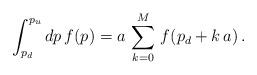
LaTeX: \begin{align*}\int_{p_{d}}^{p_{u}} dp \, f(p) = a \, \sum_{k=0}^{M} \, f(p_{d} + k \, a) \, . \end{align*}